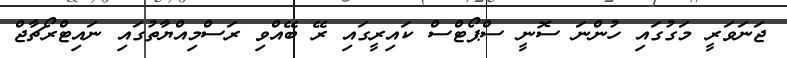
ޖަނަވަރީ މަގުގައި ހުންނަ ސޮނީ ސްޕޯޓްސް ކައިރީގައި ރޭ ބޭއްވި ރަސްމިއްޔާތުގައި ނައިޓްރޯޗާޖް